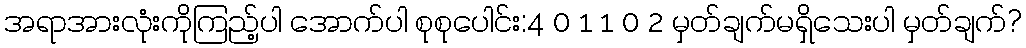
အရာအားလုံးကိုကြည့်ပါ အောက်ပါ စုစုပေါင်း:4 0 1 1 0 2 မှတ်ချက်မရှိသေးပါ မှတ်ချက်?